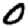
Digit: 0